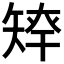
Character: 𥏢